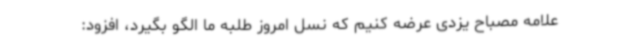
علامه مصباح یزدی عرضه کنیم که نسل امروز طلبه ما الگو بگیرد، افزود: